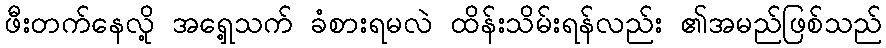
ဖီးတက်နေလို့ အရှေ့သက် ခံစားရမလဲ ထိန်းသိမ်းရန်လည်း ၏အမည်ဖြစ်သည်